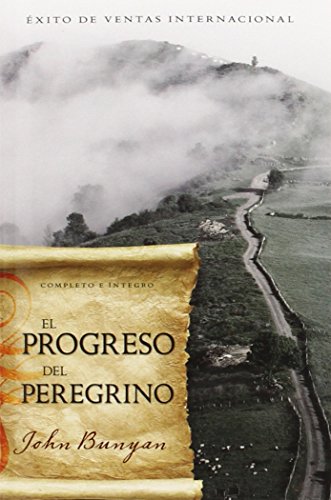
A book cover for El Progreso del Peregrino (Pilgrims Progress Spanish Edition); John Bunyan; Christian Books & Bibles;